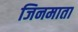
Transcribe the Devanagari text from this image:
जिनमाता